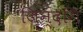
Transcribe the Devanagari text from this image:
जिन्दगि